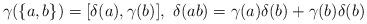
LaTeX: \begin{align*}\gamma(\{a, b\})=[\delta(a), \gamma(b)], \,\, \delta(ab)=\gamma(a)\delta(b)+\gamma(b)\delta(b)\end{align*}